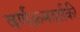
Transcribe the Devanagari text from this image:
वर्णक्रमदर्शकी